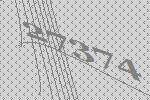
27374